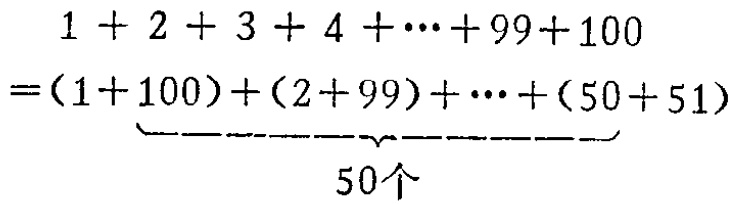
\[

\begin{align*}

&1 + 2 + 3 + 4 + \cdots + 99 + 100\\

=&\underbrace{(1 + 100)+(2 + 99)+\cdots+(50 + 51)}_{50个}

\end{align*}

\]